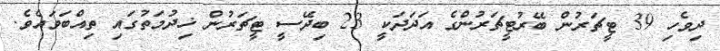
ދިވެހި 39 ޓީޗަރުން ބޭރުޓީޗަރުންގެ އަދަދަކީ 23 ބިދޭސީ ޓީޗަރުން ޚިދުމަތުގައި ތިއްބަވައެވެ.